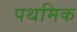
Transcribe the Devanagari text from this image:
पथमिक